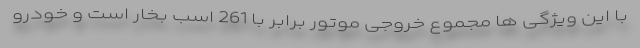
با این ویژگی ها مجموع خروجی موتور برابر با 261 اسب بخار است و خودرو